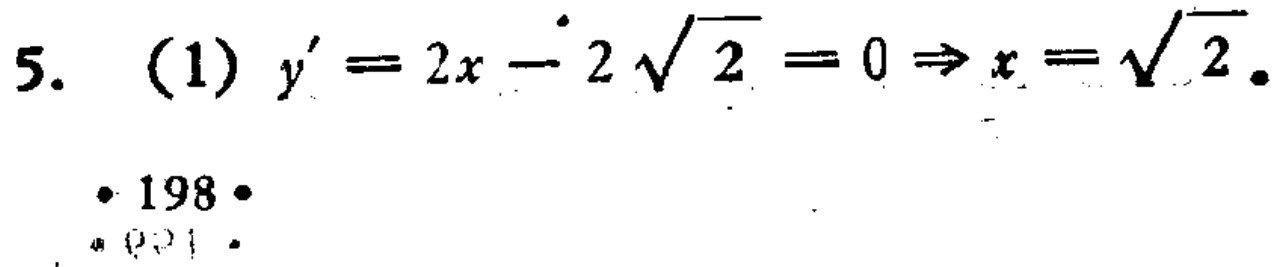
5. (1) \(y' = 2x - 2\sqrt{2}=0\Rightarrow x = \sqrt{2}\).
· 198 ·